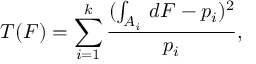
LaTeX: T ( F ) = \sum _ { i = 1 } ^ { k } { \frac { ( \int _ { A _ { i } } \, d F - p _ { i } ) ^ { 2 } } { p _ { i } } } ,